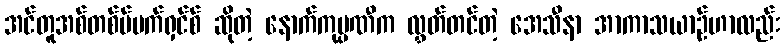
အင်တူအစ်တစ်ဗ်မက်ရှင်စ် ဆိုတဲ့ နောက်ကုမ္ပဏီက လွှတ်တင်တဲ့ အေသီနာ အာကာသယာဉ်ဟာလည်း